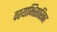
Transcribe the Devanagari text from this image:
वश्याभिसारिका